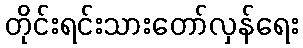
တိုင်းရင်းသားတော်လှန်ရေး